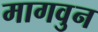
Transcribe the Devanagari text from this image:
मागवुन